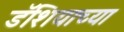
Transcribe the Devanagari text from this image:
डॅशियाच्या